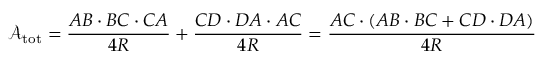
{ \mathcal { A } } _ { \mathrm { t o t } } = { \frac { A B \cdot B C \cdot C A } { 4 R } } + { \frac { C D \cdot D A \cdot A C } { 4 R } } = { \frac { A C \cdot ( A B \cdot B C + C D \cdot D A ) } { 4 R } }